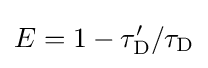
E=1-\tau '_{\text{D}}/\tau _{\text{D}}